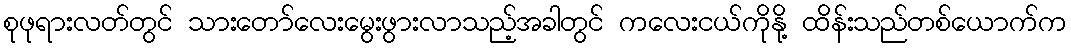
စုဖုရားလတ်တွင် သားတော်လေးမွေးဖွားလာသည့်အခါတွင် ကလေးငယ်ကိုနို့ ထိန်းသည်တစ်ယောက်က